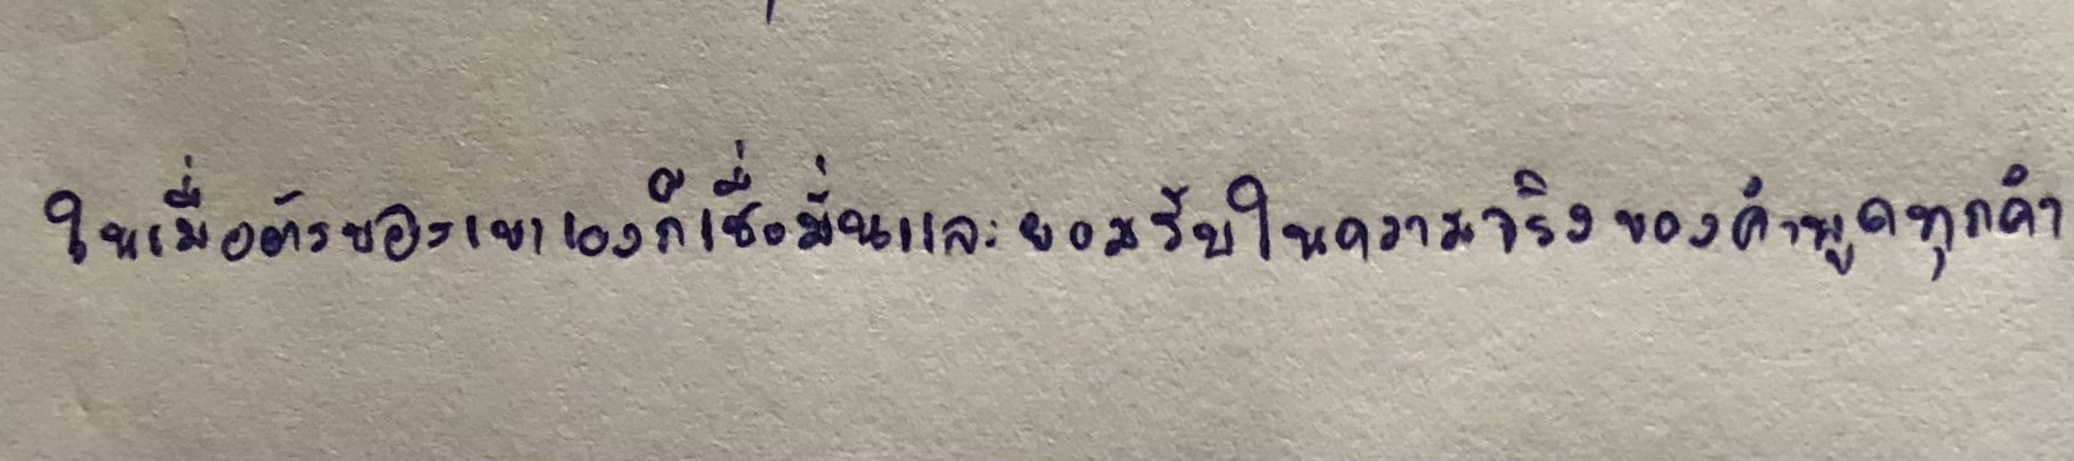
ในเมื่อตัวของเขาเองก็เชื่อมั่นและยอมรับในความจริงของคำพูดทุกคำ